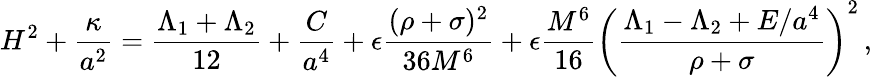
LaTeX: H^{2}+{\frac{\kappa}{a^{2}}}={\frac{\Lambda_{1}+\Lambda_{2}}{12}}+{\frac{C}{a^{4}}}+\epsilon{\frac{(\rho+\sigma)^{2}}{36M^{6}}}+\epsilon{\frac{M^{6}}{16}}\left({\frac{\Lambda_{1}-\Lambda_{2}+E/a^{4}}{\rho+\sigma}}\right)^{2}\, ,